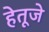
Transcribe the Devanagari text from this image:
हेतूजे